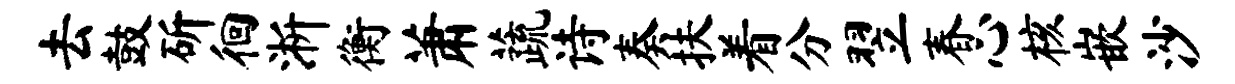
去鼓斫徊淅衡萧蔬诗奏扶着分翌春心核嵌沙